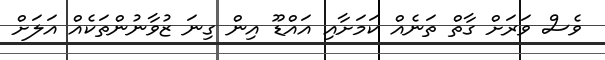
ވެސް ވަރަށް ގާތް ތަނެއް ކަމަށާއި އައްޑޫ އިން ގިނަ ޒުވާނުންތަކެއް އަލަށް